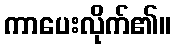
ကာပေးလိုက်၏။